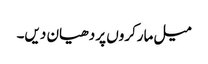
میل مارکروں پر دھیان دیں۔